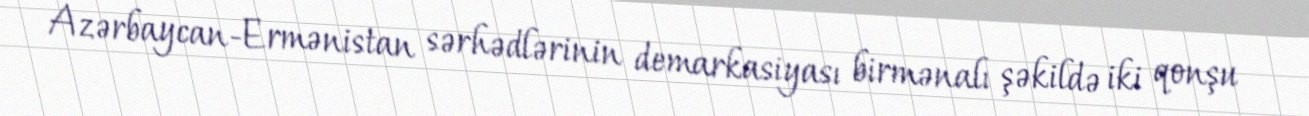
Azərbaycan-Ermənistan sərhədlərinin demarkasiyası birmənalı şəkildə iki qonşu